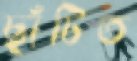
ছাঁটিত